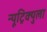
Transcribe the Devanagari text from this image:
न्यूट्रिक्युला